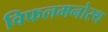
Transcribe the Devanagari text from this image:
विफलमनोरथ